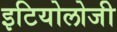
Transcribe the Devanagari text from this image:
इटियोलोजी